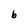
Character: b